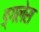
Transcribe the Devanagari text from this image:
ङ्गलेस